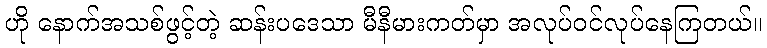
ဟို နောက်အသစ်ဖွင့်တဲ့ ဆန်းပဒေသာ မီနီမားကတ်မှာ အလုပ်ဝင်လုပ်နေကြတယ်။